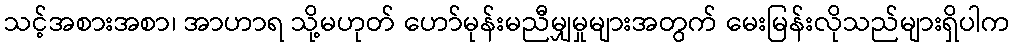
သင့်အစားအစာ၊ အာဟာရ သို့မဟုတ် ဟော်မုန်းမညီမျှမှုများအတွက် မေးမြန်းလိုသည်များရှိပါက